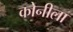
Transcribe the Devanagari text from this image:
कोनीला